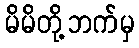
မိမိတို့ဘက်မှ